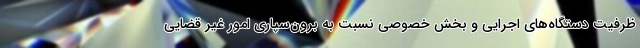
ظرفیت دستگاه‌های اجرایی و بخش خصوصی نسبت به برون‌سپاری امور غیر قضایی